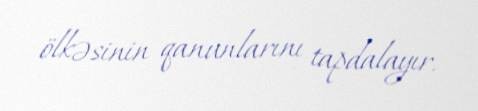
ölkəsinin qanunlarını tapdalayır.